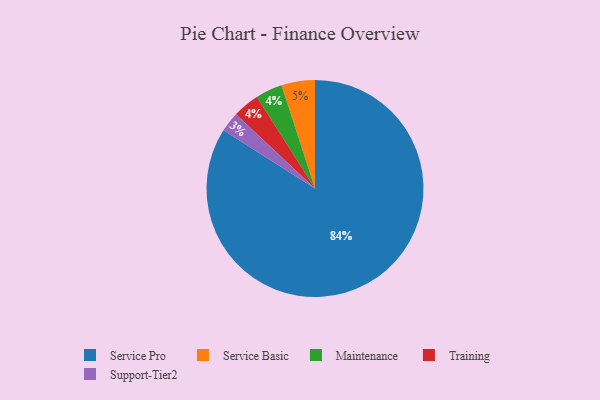
{"axis": {"x": "Category", "y": "Percentage"}, "legend": ["Maintenance", "Service Basic", "Service Pro", "Support-Tier2", "Training"], "data": [{"x": "Support-Tier2", "y": 3, "type": "Support-Tier2"}, {"x": "Service Pro", "y": 84, "type": "Service Pro"}, {"x": "Maintenance", "y": 4, "type": "Maintenance"}, {"x": "Service Basic", "y": 5, "type": "Service Basic"}, {"x": "Training", "y": 4, "type": "Training"}]}